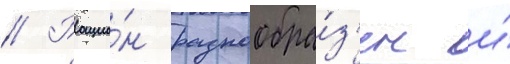
// Рацио́н разнообра́з'ен и́